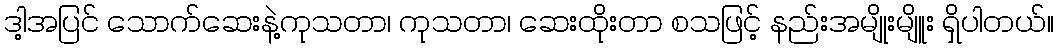
ဒါ့အပြင် သောက်ဆေးနဲ့ကုသတာ၊ ကုသတာ၊ ဆေးထိုးတာ စသဖြင့် နည်းအမျိုးမျိူး ရှိပါတယ်။